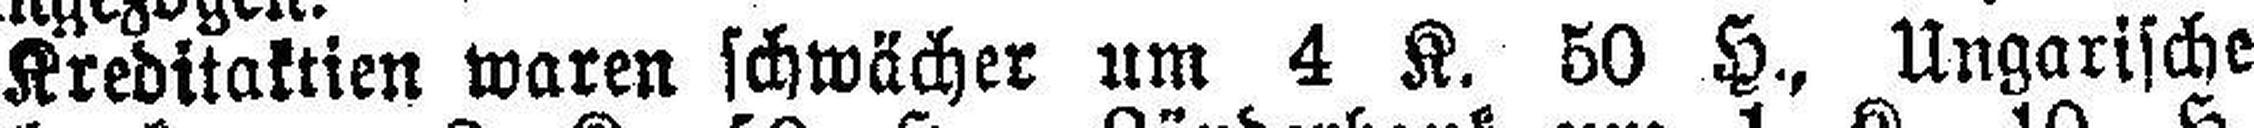
Kreditaktien waren schwächer um 4 K. 50 H., Ungarische